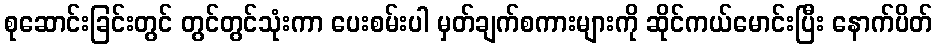
စုဆောင်းခြင်းတွင် တွင်တွင်သုံးကာ ပေးစမ်းပါ မှတ်ချက်စကားများကို ဆိုင်ကယ်မောင်းပြီး နောက်ပိတ်